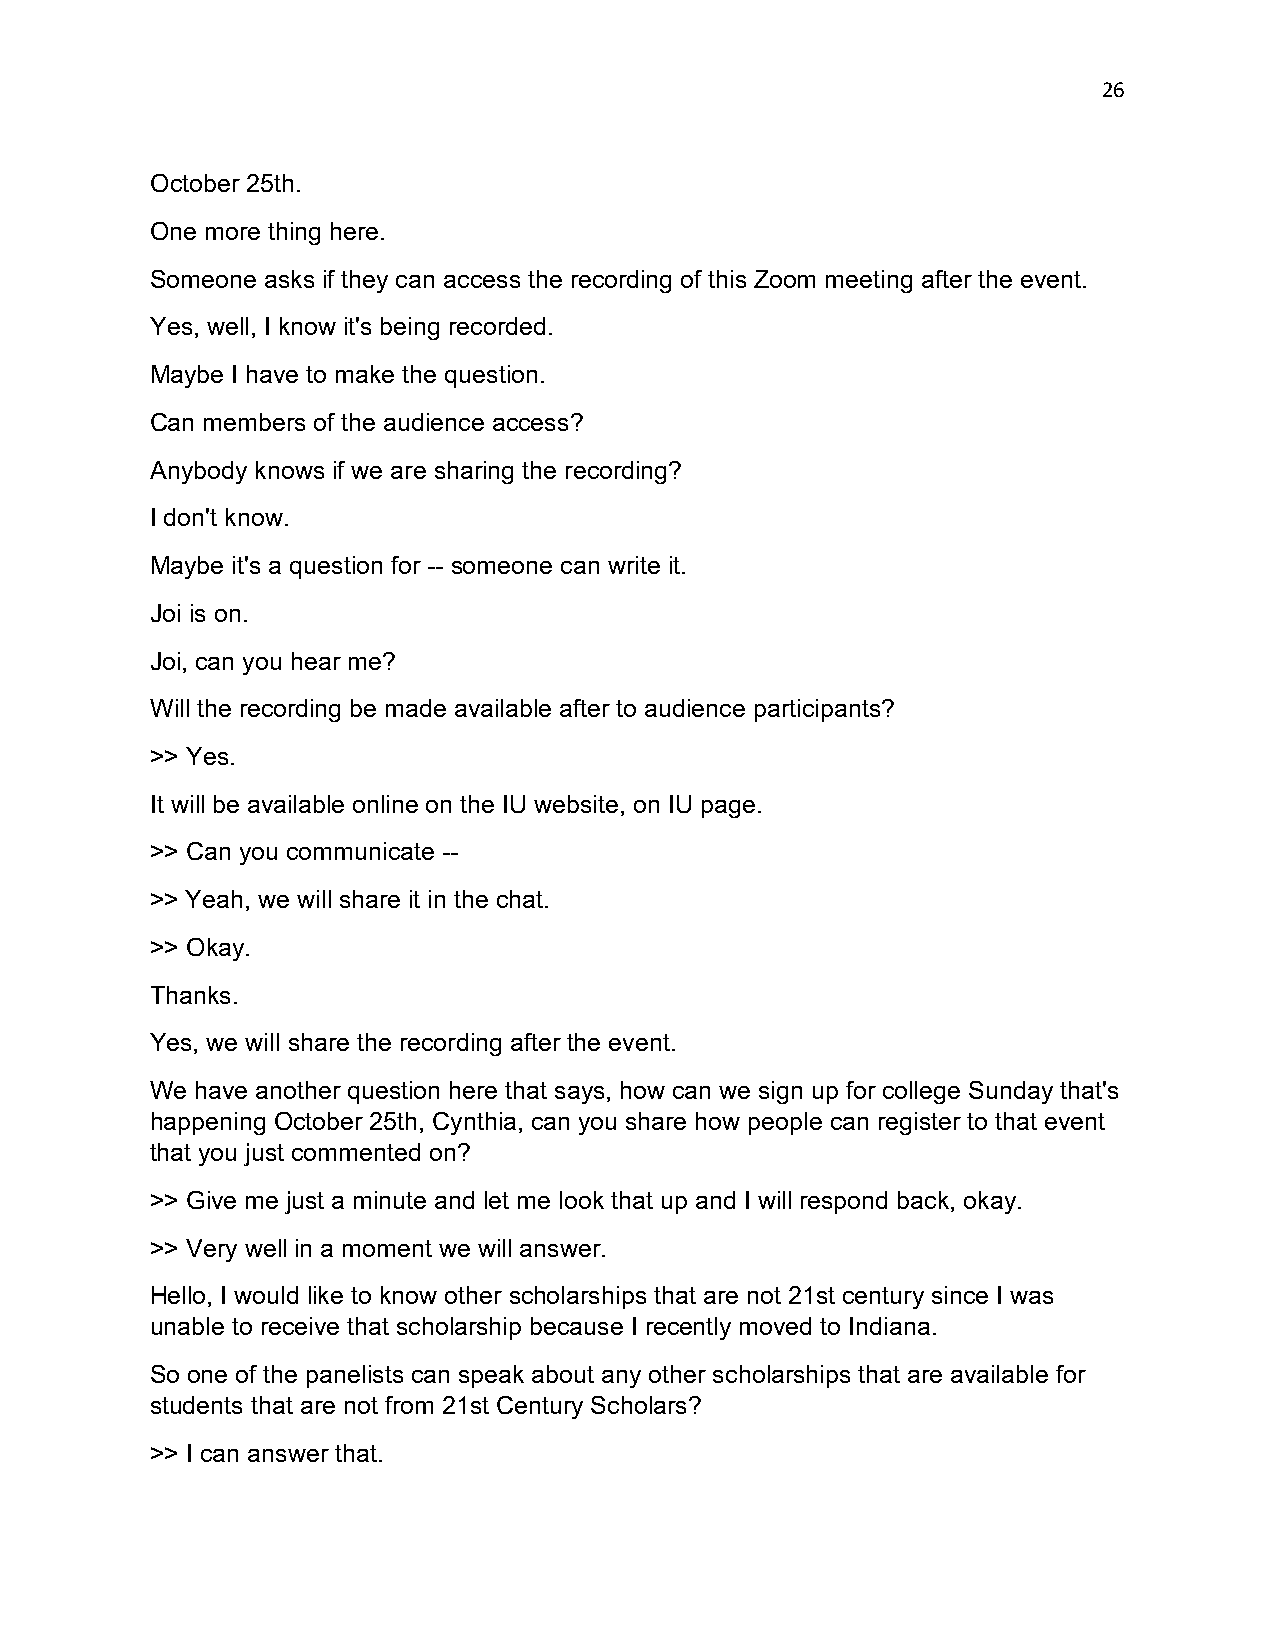
26
 October 25th.
 One more thing here.
 Someone asks if they can access the recording of this Zoom meeting after the event.
 Yes, well, I know it's being recorded.
 Maybe I have to make the question.
 Can members of the audience access?
 Anybody knows if we are sharing the recording?
 I don't know.
 Maybe it's a question for -- someone can write it.
 Joi is on.
 Joi, can you hear me?
 Will the recording be made available after to audience participants?
 >> Yes.
 It will be available online on the IU website, on IU page.
 >> Can you communicate --
 >> Yeah, we will share it in the chat.
 >> Okay.
 Thanks.
 Yes, we will share the recording after the event.
 We have another question here that says, how can we sign up for college Sunday that's
 happening October 25th, Cynthia, can you share how people can register to that event
 that you just commented on?
 >> Give me just a minute and let me look that up and I will respond back, okay.
 >> Very well in a moment we will answer.
 Hello, I would like to know other scholarships that are not 21st century since I was
 unable to receive that scholarship because I recently moved to Indiana.
 So one of the panelists can speak about any other scholarships that are available for
 students that are not from 21st Century Scholars?
 >> I can answer that.